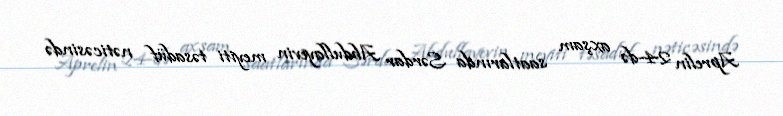
Aprelin 24-də axşam saatlarında Sərdar Abdullayevin meyiti təsadüf nəticəsində